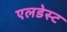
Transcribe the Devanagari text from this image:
एलडेस्ट